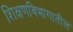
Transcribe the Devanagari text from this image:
शिक्षणविभागातील